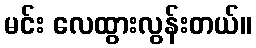
မင်း လေထွားလွန်းတယ်။